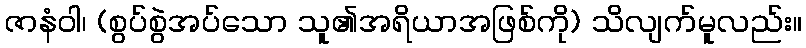
ဇာနံဝါ၊ (စွပ်စွဲအပ်သော သူ၏အရိယာအဖြစ်ကို) သိလျက်မူလည်း။